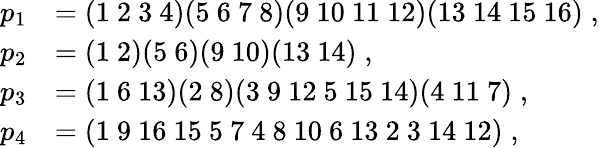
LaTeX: \begin{array}{rl}{p_{1}}&{=(1\ 2\ 3\ 4)(5\ 6\ 7\ 8)(9\ 10\ 11\ 12)(13\ 14\ 15\ 16)\; ,}\\ {p_{2}}&{=(1\ 2)(5\ 6)(9\ 10)(13\ 14)\; ,}\\ {p_{3}}&{=(1\ 6\ 13)(2\ 8)(3\ 9\ 12\ 5\ 15\ 14)(4\ 11\ 7)\; ,}\\ {p_{4}}&{=(1\ 9\ 16\ 15\ 5\ 7\ 4\ 8\ 10\ 6\ 13\ 2\ 3\ 14\ 12)\; ,}\end{array}